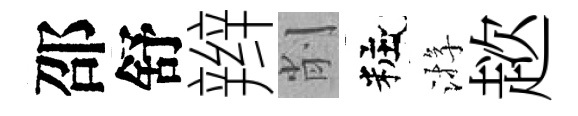
邵舒辫削粧㳺趑